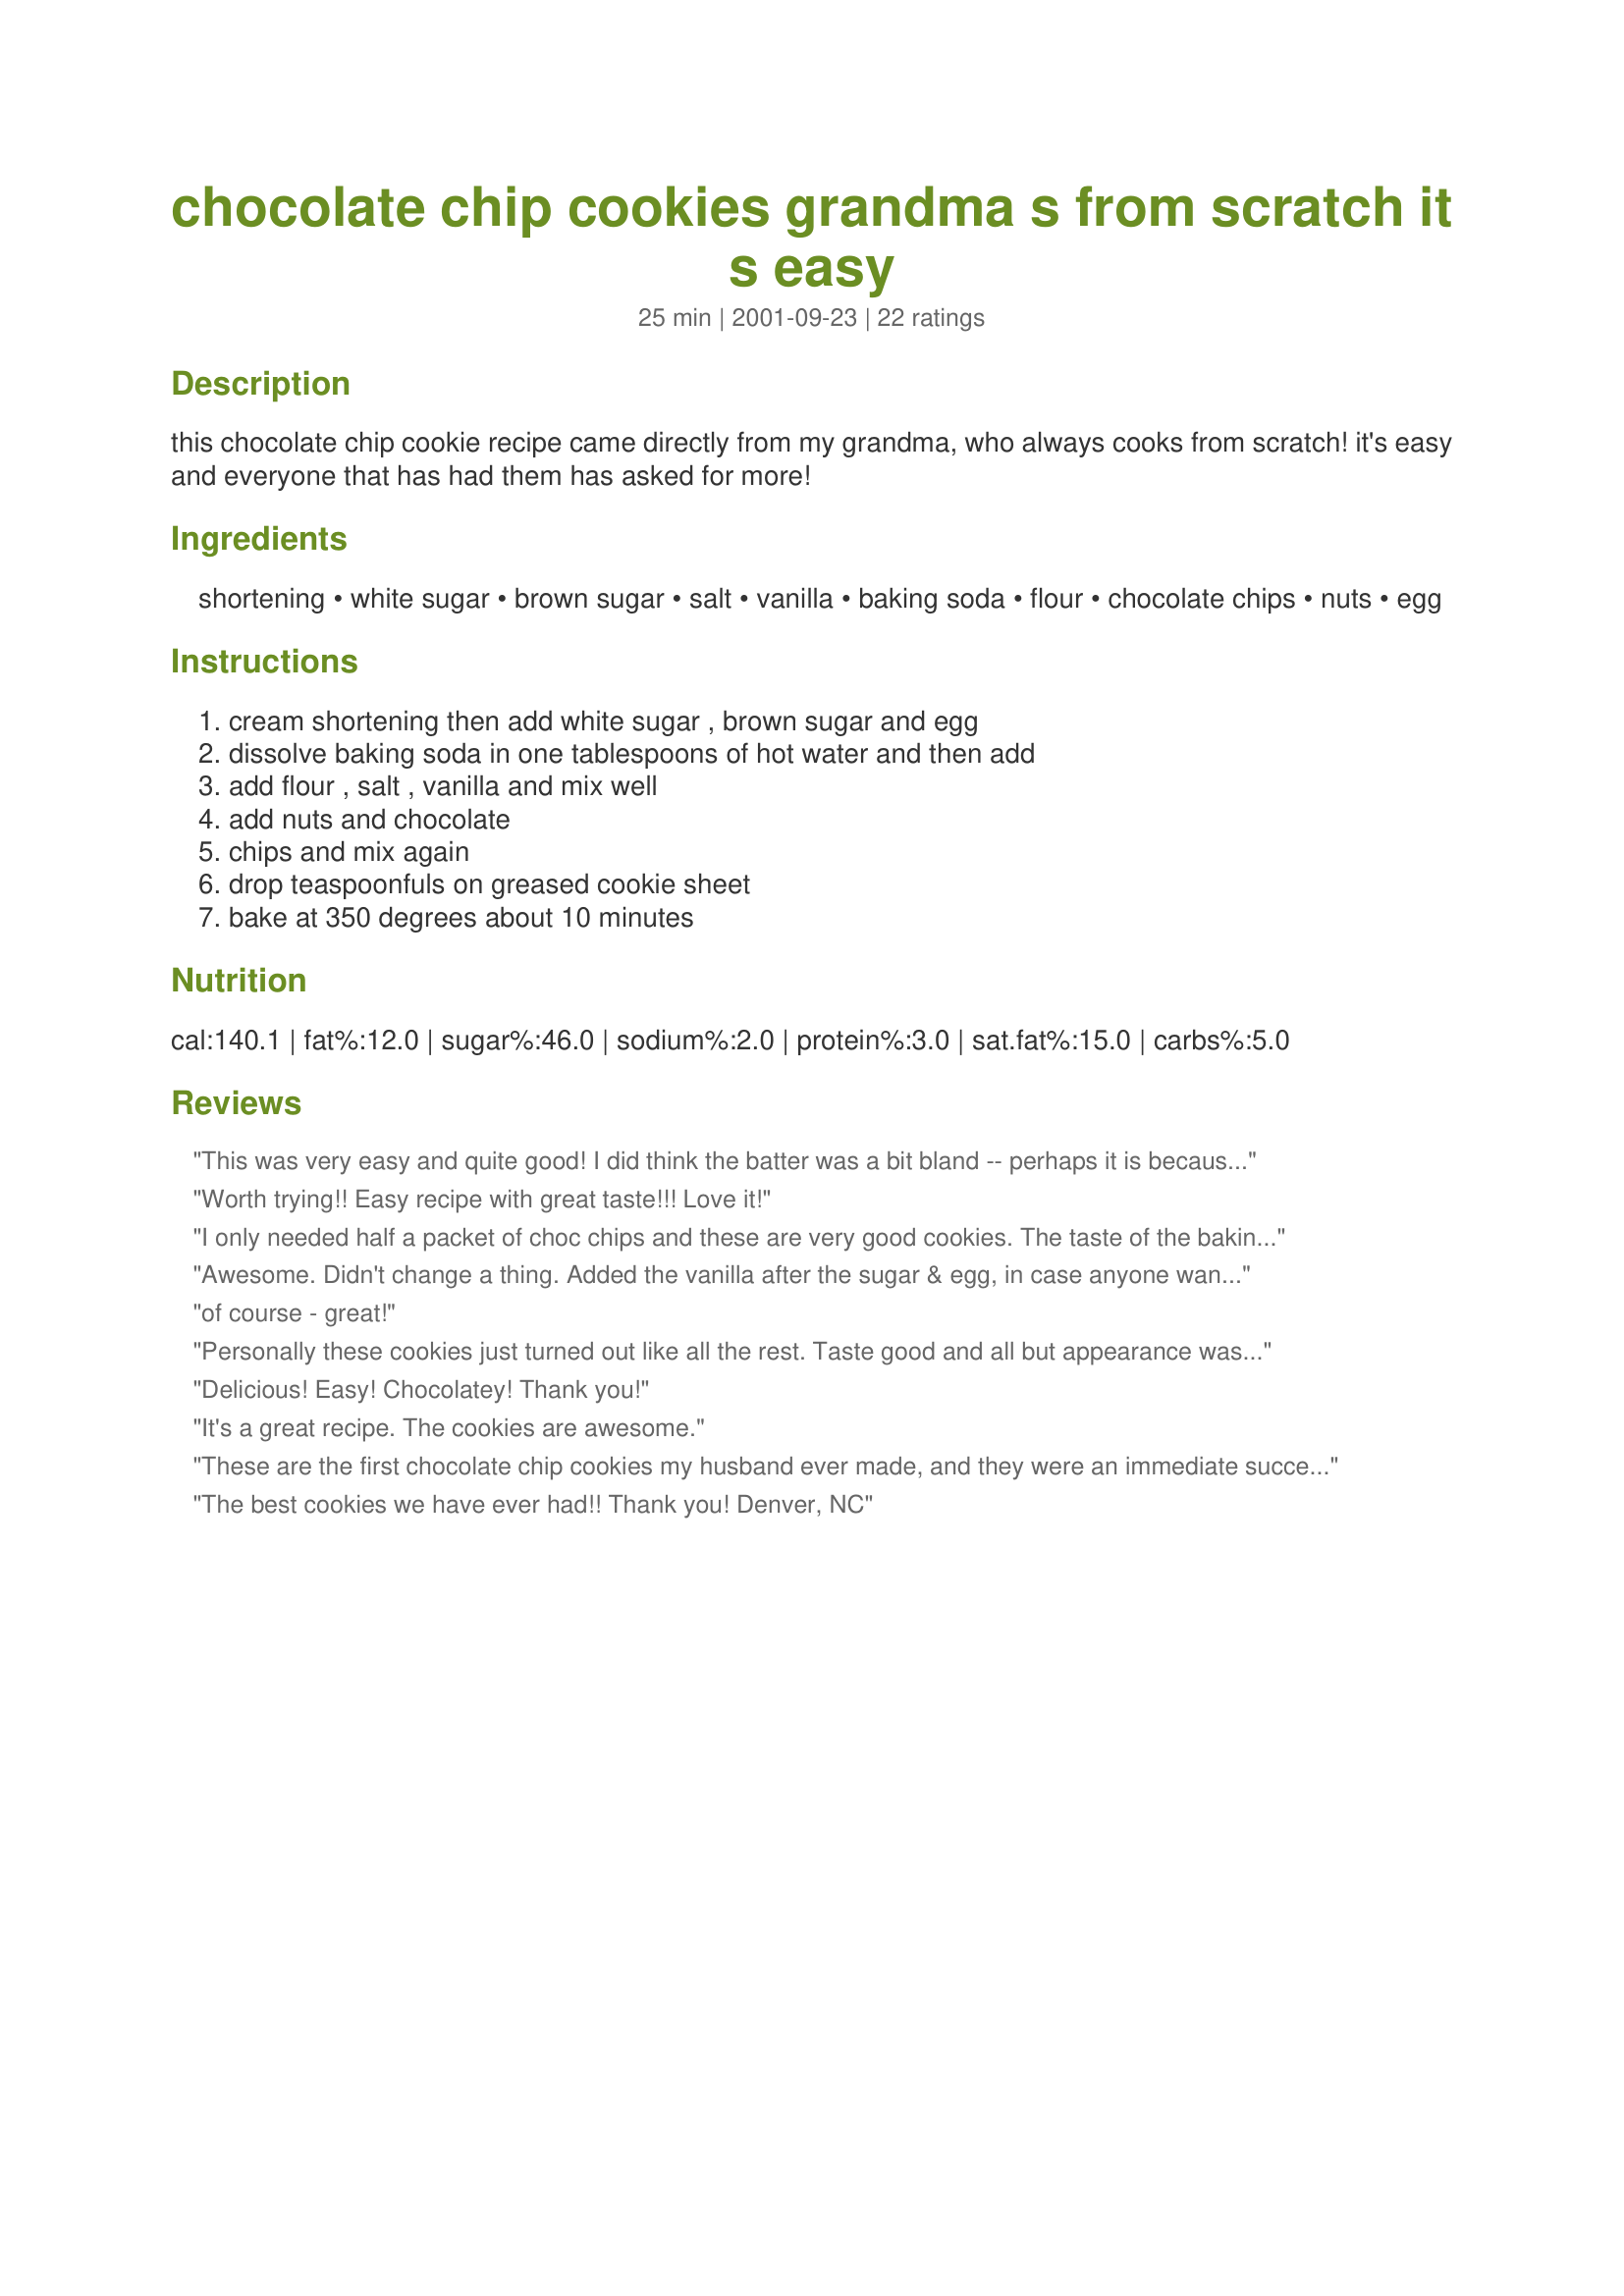
chocolate chip cookies grandma s from scratch it s easy
Preparation time: 25 minutes

this chocolate chip cookie recipe came directly from my grandma, who always cooks from scratch! it's easy and everyone that has had them has asked for more!

Ingredients:
shortening, white sugar, brown sugar, salt, vanilla, baking soda, flour, chocolate chips, nuts, egg

Steps:
cream shortening then add white sugar , brown sugar and egg, dissolve baking soda in one tablespoons of hot water and then add, add flour , salt , vanilla and mix well, add nuts and chocolate, chips and mix again, drop teaspoonfuls on greased cookie sheet, bake at 350 degrees about 10 minutes

Reviews:
This was very easy and quite good! I did think the batter was a bit bland -- perhaps it is because I enjoy a more buttery cookie. Next time I'll do 1/2 butter and 1/2 shortening. Also - I wasn't sure what size bag of chocolate chips to use. I ended up using about 1 1/2 cups of chocolate chips and it was perfect. Thanks for this recipie!
Worth trying!! Easy recipe with great taste!!! Love it!
I only needed half a packet of choc chips and these are very good cookies. The taste of the baking soda is just a tad too strong for me, but I\'m fairly picky on this.
Awesome. Didn't change a thing. Added the vanilla after the sugar & egg, in case anyone wants to know. Thanks for sharing and thank your Grandma for me!
of course - great!
Personally these cookies just turned out like all the rest. Taste good and all but appearance was not like the picture. I did 1/4 C shortening and 1/4 C butter.. maybe that was where I went wrong but probably not as someone suggested it before. how do I make them look just like the picture??! is there any high altitude changes?
Delicious! Easy! Chocolatey! Thank you!
It's a great recipe. The cookies are awesome.
These are the first chocolate chip cookies my husband ever made, and they were an immediate success! He found the recipe while I was gone and, with our daughter's help, made one of the best batches we've ever had. I thought he had bought cookie dough while I was away at work. He even scaled down the ammount of chocolate chips as suggested in the reviews. A total winner!!
The best cookies we have ever had!! Thank you! Denver, NC
Great recipe. I did it all in the Cuisinart processor. However forgot the vanilla as it was not noted in the method, and added a 1/2 cup of organic unsweetened cocoa powder. Macadamia nuts added the final touch - thanks for this easy cookie recipe, my Hubby loved the end result!
Fantastic! I used 1/4 cup butter and 1/4 cup shortening. And I only used half a package of chocolate chips - which was plenty. Otherwise, I followed all the directions here. I think these were the best chocolate chip cookies I have ever had. next time I will double the recipe - a batch only made about 22 of the size I like to make.Thanks for sharing!
These cookies turned out very good. Poorly constructed DIRECTIONS; Be careful in the future to listing out each step, ingredient, and amount in the direction process. Not everyone who reads these recipes will realize that you missed a few ingredients and steps. Note we used an 11oz. bag of chocolate chips. We believe you can never have enough chocolate.
I like my cookies about 2 inches in diameter (about the size of a chips ahoy cookie) and noticed that it only made about 2 dozen of those size. I really liked the taste of this, yummy! The only thing I would do next time is double the batch.
oooh yum! my little bro was in the mood for cookies and i found this recipe! we loved em!!! they were great!! really chocolate chippy! :D! my cookies took a little longer though... about 15 minutes! thanks 4 the great recipe!
These are without a doubt the best chocolate chip cookies I have ever had!!!!!!!!They are perfect,better than any commercial one could be.
My sister's neighbor was suppose to have the best recipe for them in the world but,I know he would even change his mind.He had held on to his recipe for years.It was given to him by a 92 year old lady and was said to be a top secret so she asked him not to give it out.
When she passed away [with a lot of begging]he finally gave it to my sister who gave it to me.Also after a lot of begging,they are really good, but this one has that one beat.I made the first batch for Christmas gifts but after trying a few myself I know they won't last until then.So,I made another batch and made a few changes:I added 1/2 tsp. baking powder,increased the white sugar to 1/2 cup,I used 1/2 bag milk chocolate chips and 1/2 bag special dark chocolate chips,added 1/2 tsp.more of vanilla and 1/2 bag of heath toffee bits.I also did use the nuts[1/2 cup chopped pecans].
10 minutes @350 degrees was perfect.I got 43 medium cookies from each batch.These are also easy to make. If you are in search of a great cookie,this is it.Look no farther.Thank you so much Jeannie and Grandma!!!!I will e-mail this one to my sister.
This recipe really was easy, and the cookie was chewy and delicious. It says to use a package of chips, but I found that half a bag was a lot in comparison to the amount of batter. Overall, five stars for this winner....from me and my guests.
I just got these out of the oven i was a little ehh at first but man they turned out really great!!!
Thanks for this recipe Jeannie
My 14yr old Autistic Daughter made these, almost, all by herself. They are so easy and so good. Thanks for giving her something she could accomplish. I know she will be supplying us with cookies for years to come now.
Blessings
Fantastically chewy, great reviews from everyone that had them. Definatly my new favourite chocolate chip recipe!
I just made these this morning for Christmas and used half chocolate chips and half of the swirled red and green white chocolate chips. Wonderful cookies -- this will definitely be my go-to recipe from now on!
wowwwww..its perfect recipe...i will suggest go to the same recipe...i tired it.I will suggest that add 8ounce chocolate chips.&lt;br/&gt;thnx dear
